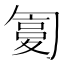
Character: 𠣸